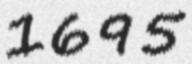
1695